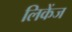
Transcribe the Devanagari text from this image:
लिकेंज